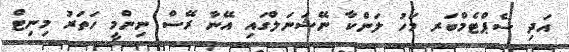
އަދި ސެޕްޓެމްބަރ މަހު ލަންކާ ނޭޝަނަލްގައި އޭނާ ރޭސް ނިންމީ ހަތަރު މިނިޓް